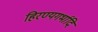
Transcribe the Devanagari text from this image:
हिरण्यगर्भादि